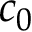
c _ { 0 }